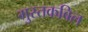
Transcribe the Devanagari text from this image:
मुस्तकबिल